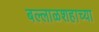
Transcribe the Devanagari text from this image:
बल्लाळशहाच्या